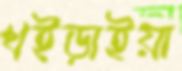
খইড়াইয়া